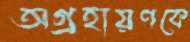
অগ্রহায়ণকে